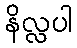
နိလ္လပါ